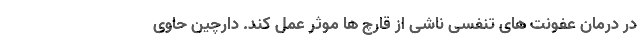
در درمان عفونت های تنفسی ناشی از قارچ ها موثر عمل کند. دارچین حاوی